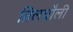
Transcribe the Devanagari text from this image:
तिलचौली